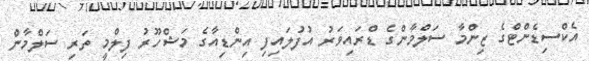
އެކްސިޑެންޓްގެ ޒިންމާ ސަލްމާންގެ ޑްރައިވަރު އުފުލައިފި އިންޑިއާގެ މަޝްހޫރު ފިލްމީ ތަރި ސަލްމާން